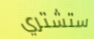
ستشتري